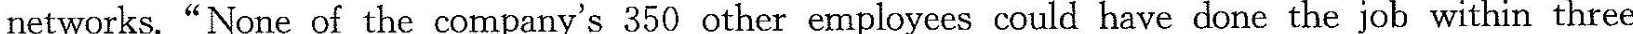
networks."None of the company's 350 other employees could have done the job within three